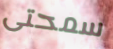
سمحتى